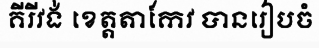
គីរីវង់ ខេត្តតាកែវ បានរៀបចំ